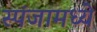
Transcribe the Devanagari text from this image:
स्पंजामध्ये